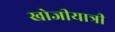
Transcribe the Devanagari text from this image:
खोजीयात्री